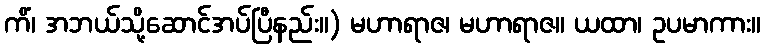
ကိံ၊ အဘယ်သို့ဆောင်အပ်ပြီနည်း။) မဟာရာဇ၊ မဟာရာဇ။ ယထာ၊ ဥပမာကား။